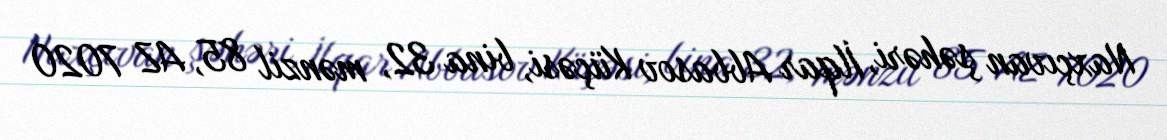
Naxçıvan şəhəri, İlqar Abbasov Küçəsi, bina 32, mənzil 85, AZ 7020